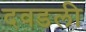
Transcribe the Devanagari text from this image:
दवडली